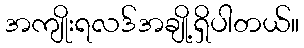
အကျိုးရလဒ်အချို့ရှိပါတယ်။